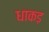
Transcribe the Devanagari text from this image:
धाकड़